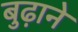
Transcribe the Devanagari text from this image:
बुढ़ाने